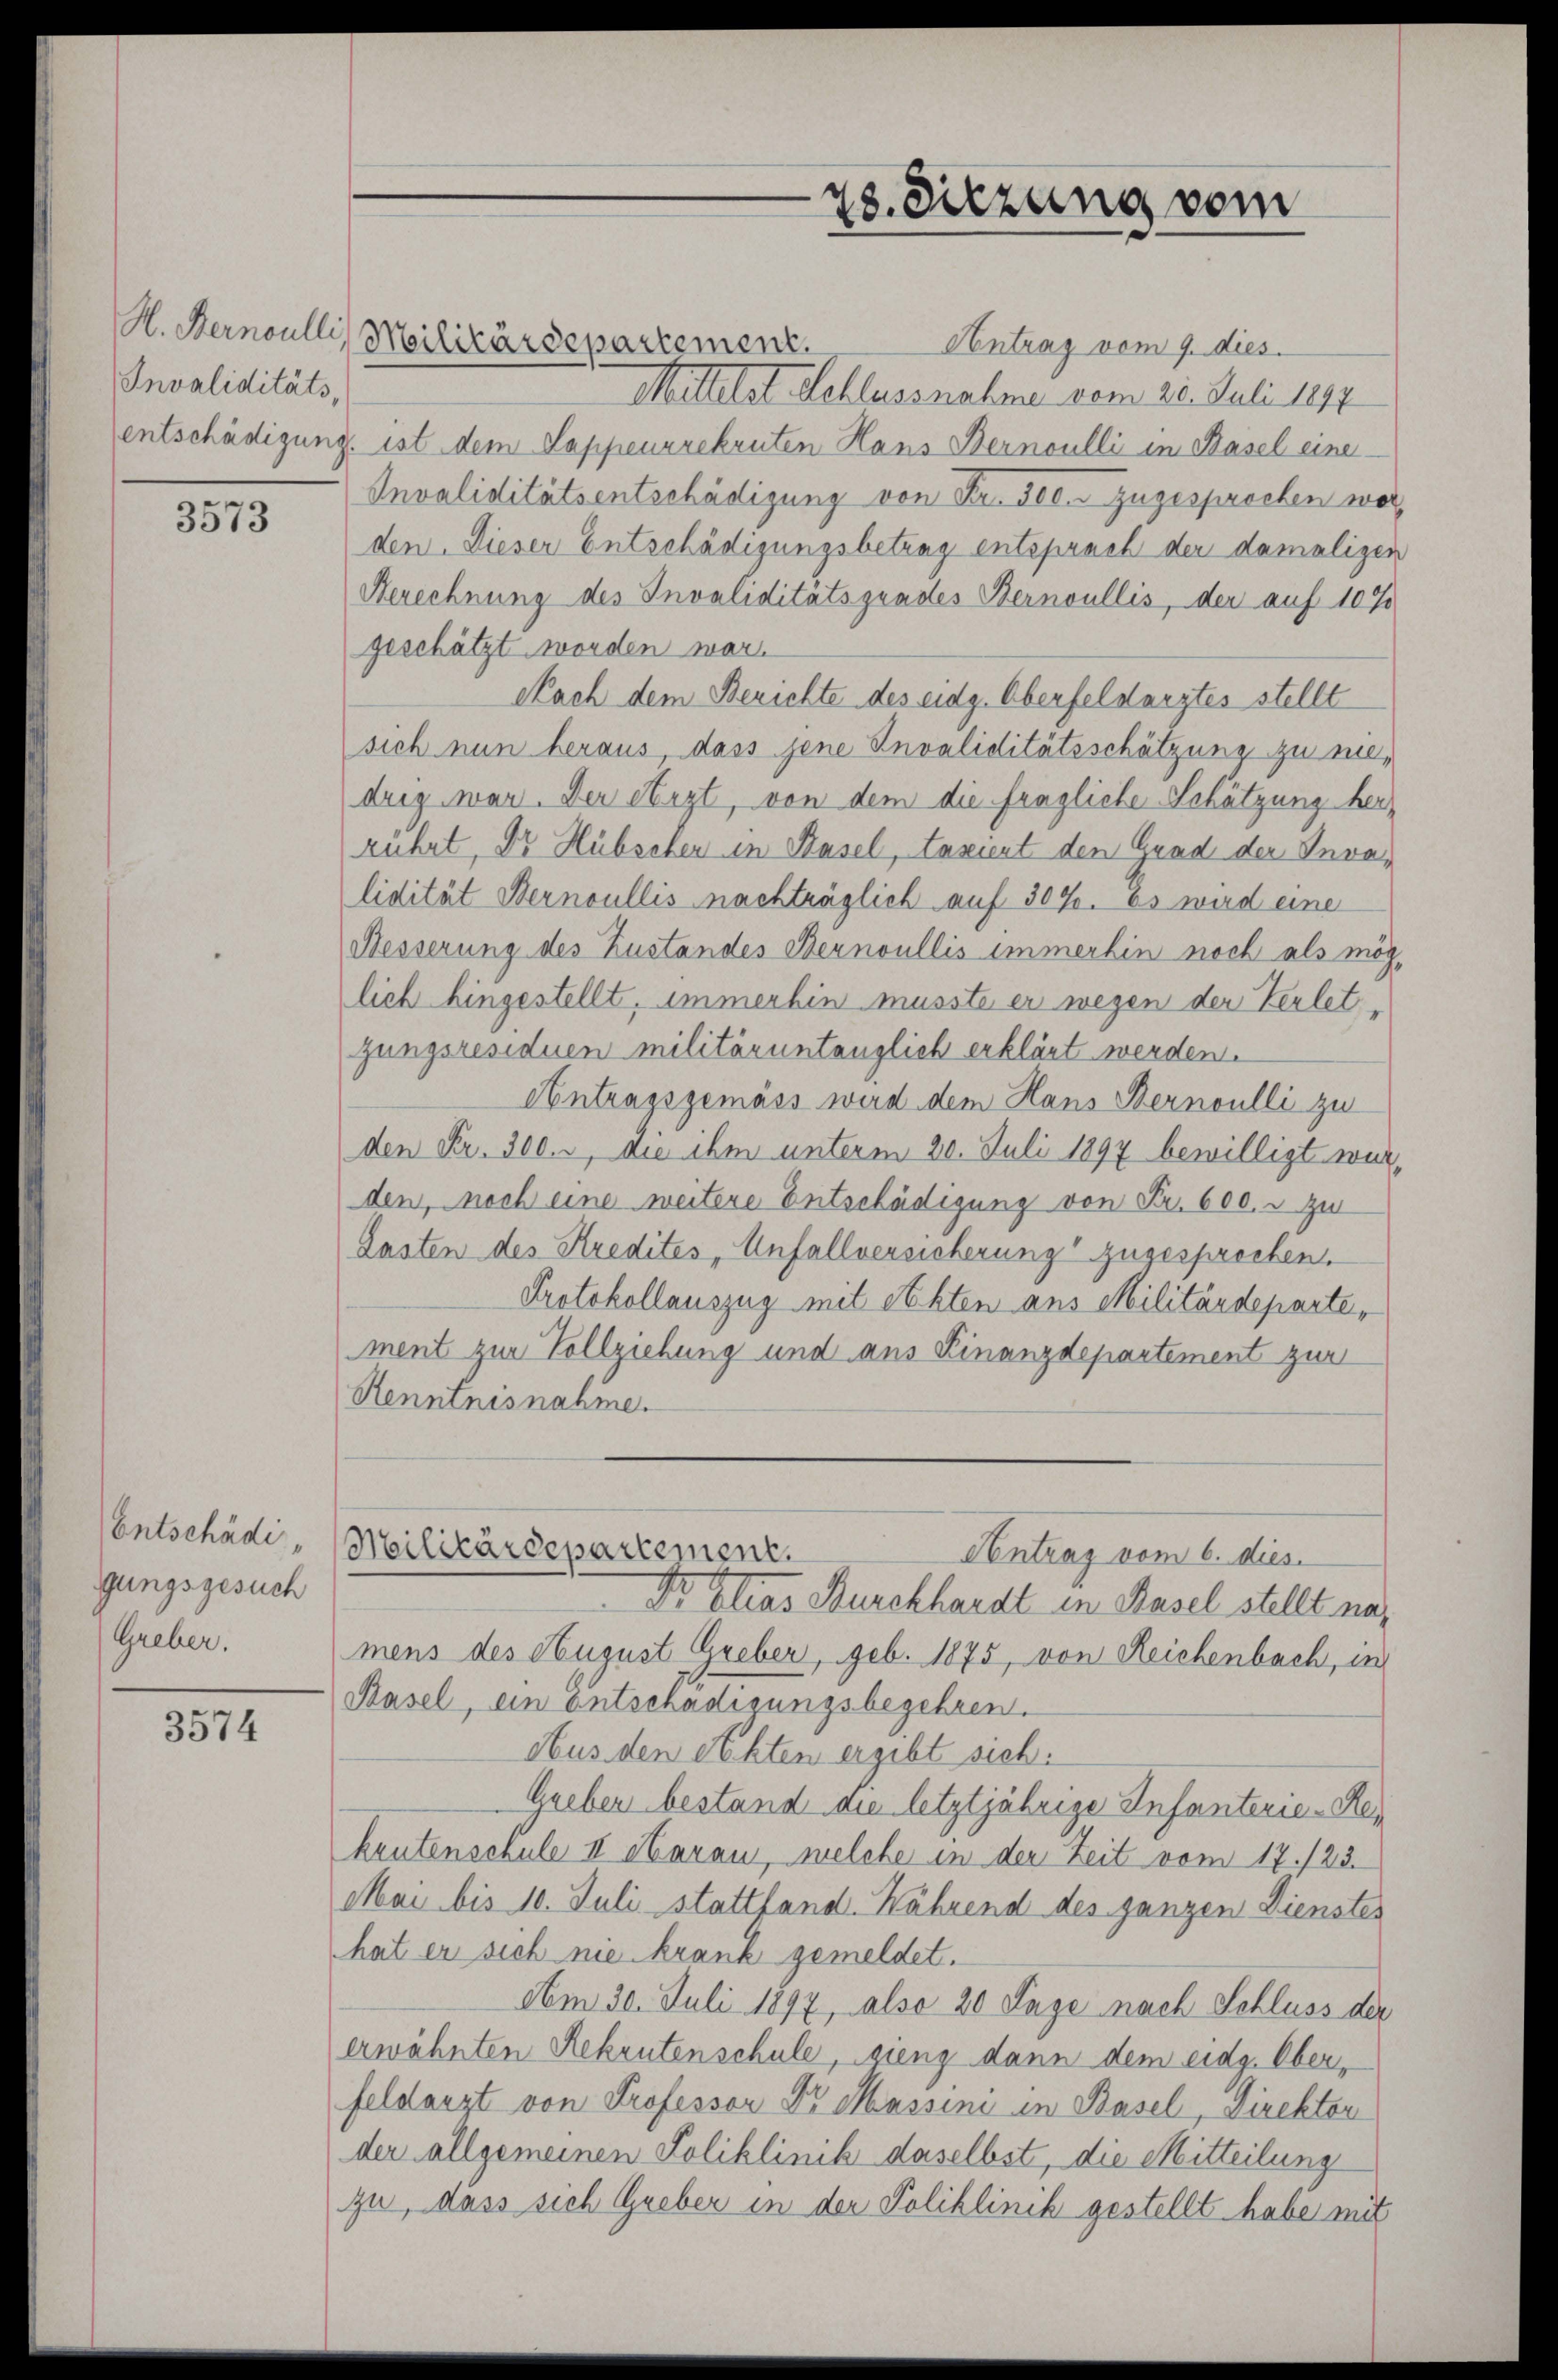
Invaliditäts,

3573

Entschädi
gungsgesuch
Greber.

3574

H. Hernoulli, Meilitärdepartement.

Antrag vom 9. dies
Mittelst Schlussnahme vom 22. Juli 1847
entschädigung. ist dem Lappenrekruten Hans Bernoulli in Basel einer-
Invaliditätsentschädigung von Fr. 500. zugesprochen wor
den. Dieser Entschädigungsbetrag entsprach der damaligen
Berechnung des Invaliditätsgundes Bernoullis, der auf 10%
geschätzt worden war.
Nach dem Berichte des eidg. Oberfeldarztes stellt
sich nun heraus, dass jene Invaliditätsschätzung zu niedrig war. Der Arzt, von dem die fragliche Schätzung herrührt, Dr Hübschen in Basel, taxiert den Grad der Invalidität Bernoullis nachträglich auf 307. Es wird eine
Hesserung des Zustandes Bernoullis immerhin noch als mög-
lich hingestellt, immerhin musste er wegen der Verletzungsresiduen militäruntänglich erklärt werden.
Contragsgemäss wird dem Hans Bernoulli zu
den Fr. 300. r, die ihm unterm 20. Juli 1897 bewilligt wurden, noch eine weitere Entschädigung von Fr. 600. u zu
Lasten des Kredites „Unfallversicherung zugesprochen.
Protokollauszug mit Akten aus Militärdeparte,
ment zur Vollziehung und aus Finanzdepartement zur
Renntnisnahme.
Militärdepartement.
Antrag vom 6. dies.
Dr Elias Burckhardt in Basel stellt nach
mens des August Greber, geb. 1875, von Reichenbach, in
Basel, ein Entschädigungsbegehren.
Aus den Rechten ergibt sich.
Greben bestand die letztjährige Infanterie-Rekentenschule II etarau, welche in der Zeit vom 17./23.
Mai bis 10. Juli stattfand. Während des ganzen Dienstes
hat er sich nie krank gemeldet.
Am 30. Juli 1897, also 20 Tage nach Schluss der
erwähnten Rekrutenschule, gieng dann dem eidg. Oberfeldarzt von Professor Dr Massini in Basel, Direktor
der allgemeinen Poliklinik daselbst, die Mitteilung
zu, dass sich Greber in der Poliklinik gestellt habe mit

78. Sitzung vom